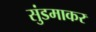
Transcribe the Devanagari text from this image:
सुंडमाकर